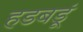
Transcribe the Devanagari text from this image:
हडबडूं